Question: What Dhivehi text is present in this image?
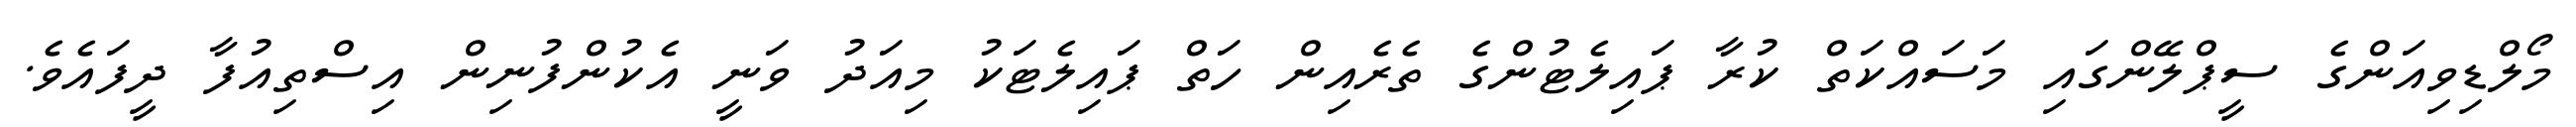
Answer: މޯލްޑިވިއަންގެ ސީޕްލޭންގައި މަސައްކަތް ކުރާ ޕައިލެޓުންގެ ތެރެއިން ހަތް ޕައިލެޓަކު މިއަދު ވަނީ އެކުންފުނިން އިސްތިއުފާ ދީފައެވެ.